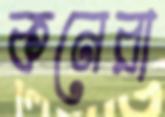
কনেরা